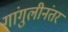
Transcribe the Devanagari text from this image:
गांगुलीनंतर